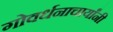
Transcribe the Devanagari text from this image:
गोवर्धनाचार्यांनी